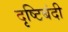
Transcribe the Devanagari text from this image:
दृष्टिबंदी